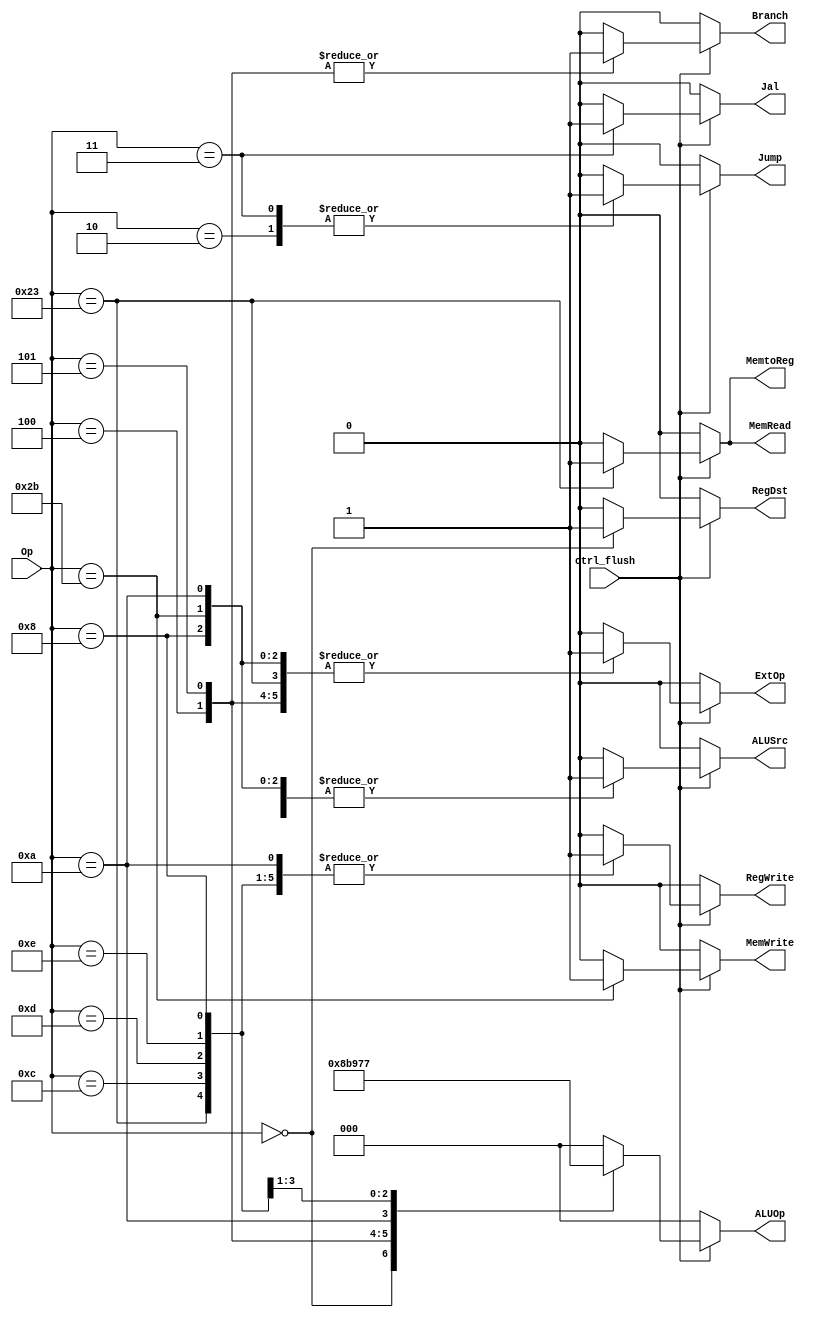
module CONTROL(
    Op,
    ctrl_flush,
    RegDst,
    Jump,
    Branch,
    MemRead,
    MemtoReg,
    ALUOp,
    MemWrite,
    ALUSrc,
    RegWrite,
    Jal,
    ExtOp
);
//==== io Declaration =========================
    input      [5:0] Op;
    input            ctrl_flush;
    output reg       RegDst, Jump, Branch, MemRead, MemtoReg, MemWrite, ALUSrc, RegWrite, Jal, ExtOp;
    output reg [2:0] ALUOp;
    
    always @(*) begin
        case(Op)
            8'h00: begin // R type
                RegDst   = 1;
                Jump     = 0;
                Branch   = 0;
                MemRead  = 0;
                MemtoReg = 0;
                ALUOp    = 3'b010;
                MemWrite = 0;
                ALUSrc   = 0;
                RegWrite = 1;
                Jal      = 0;
                ExtOp    = 0; // x
            end
            8'h02: begin // j
                RegDst   = 0; // x
                Jump     = 1;
                Branch   = 0;
                MemRead  = 0;
                MemtoReg = 0; // x
                ALUOp    = 3'b000;
                MemWrite = 0;
                ALUSrc   = 0; // x
                RegWrite = 0;
                Jal      = 0;
                ExtOp    = 0; // x
            end
            8'h03: begin // jal
                RegDst   = 0; // x
                Jump     = 1;
                Branch   = 0;
                MemRead  = 0;
                MemtoReg = 0;
                ALUOp    = 3'b000;
                MemWrite = 0;
                ALUSrc   = 0; // x
                RegWrite = 1;
                Jal      = 1;
                ExtOp    = 0; // x
            end
            8'h04: begin // beq
                RegDst   = 0; // x
                Jump     = 0;
                Branch   = 1;
                MemRead  = 0;
                MemtoReg = 0; // x
                ALUOp    = 3'b001;
                MemWrite = 0;
                ALUSrc   = 0;
                RegWrite = 0;
                Jal      = 0;
                ExtOp    = 1;
            end
            8'h05: begin // bne
                RegDst   = 0; // x
                Jump     = 0;
                Branch   = 1;
                MemRead  = 0;
                MemtoReg = 0; // x
                ALUOp    = 3'b011;
                MemWrite = 0;
                ALUSrc   = 0;
                RegWrite = 0;
                Jal      = 0;
                ExtOp    = 1;
            end
            8'h08: begin // addi
                RegDst   = 0;
                Jump     = 0;
                Branch   = 0;
                MemRead  = 0;
                MemtoReg = 0;
                ALUOp    = 3'b000;
                MemWrite = 0;
                ALUSrc   = 1;
                RegWrite = 1;
                Jal      = 0;
                ExtOp    = 1;
            end
            8'h23: begin // lw
                RegDst   = 0;
                Jump     = 0;
                Branch   = 0;
                MemRead  = 1;
                MemtoReg = 1;
                ALUOp    = 3'b000;
                MemWrite = 0;
                ALUSrc   = 1;
                RegWrite = 1;
                Jal      = 0;
                ExtOp    = 1;
            end
            8'h2b: begin // sw
                RegDst   = 0; // x
                Jump     = 0;
                Branch   = 0;
                MemRead  = 0;
                MemtoReg = 0; // x
                ALUOp    = 3'b000;
                MemWrite = 1;
                ALUSrc   = 1;
                RegWrite = 0;
                Jal      = 0;
                ExtOp    = 1;
            end
            8'h0a: begin // slti
                RegDst   = 0;
                Jump     = 0;
                Branch   = 0;
                MemRead  = 0;
                MemtoReg = 0;
                ALUOp    = 3'b100;
                MemWrite = 0;
                ALUSrc   = 1;
                RegWrite = 1;
                Jal      = 0;
                ExtOp    = 1;
            end
            8'h0c: begin // andi
                RegDst   = 0;
                Jump     = 0;
                Branch   = 0;
                MemRead  = 0;
                MemtoReg = 0;
                ALUOp    = 3'b101;
                MemWrite = 0;
                ALUSrc   = 1;
                RegWrite = 1;
                Jal      = 0;
                ExtOp    = 0;
            end
            8'h0d: begin // ori
                RegDst   = 0;
                Jump     = 0;
                Branch   = 0;
                MemRead  = 0;
                MemtoReg = 0;
                ALUOp    = 3'b110;
                MemWrite = 0;
                ALUSrc   = 1;
                RegWrite = 1;
                Jal      = 0;
                ExtOp    = 0;
            end
            8'h0e: begin // xori
                RegDst   = 0;
                Jump     = 0;
                Branch   = 0;
                MemRead  = 0;
                MemtoReg = 0;
                ALUOp    = 3'b111;
                MemWrite = 0;
                ALUSrc   = 1;
                RegWrite = 1;
                Jal      = 0;
                ExtOp    = 0;
            end
            default: begin
                RegDst   = 0;
                Jump     = 0;
                Branch   = 0;
                MemRead  = 0;
                MemtoReg = 0;
                ALUOp    = 3'b000;
                MemWrite = 0;
                ALUSrc   = 0;
                RegWrite = 0;
                Jal      = 0;
                ExtOp    = 0;
            end
        endcase
        if (~ctrl_flush) begin
            RegDst   = 0;
            Jump     = 0;
            Branch   = 0;
            MemRead  = 0;
            MemtoReg = 0;
            ALUOp    = 3'b000;
            MemWrite = 0;
            ALUSrc   = 0;
            RegWrite = 0;
            Jal      = 0;
            ExtOp    = 0;
        end
    end
endmodule